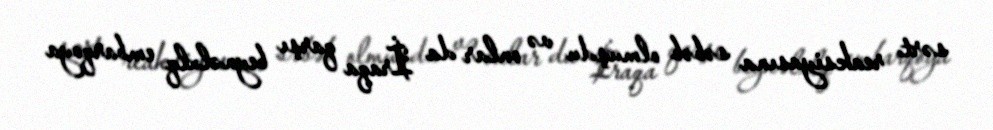
sərt reaksiyasına səbəb olmuşdu və onlar da İraqa qarşı beynəlxlq embarqoya